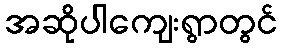
အဆိုပါကျေးရွာတွင်